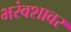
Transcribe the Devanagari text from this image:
भरंवशावर